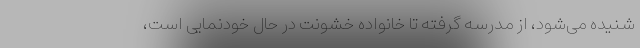
شنیده می‌شود، از مدرسه گرفته تا خانواده خشونت در حال خودنمایی است،